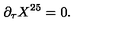
\partial _ { \tau } X ^ { 2 5 } = 0 .